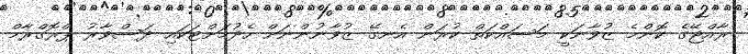
ރާއްޖޭގެ ކޮންމެ ޒުވާނަކީ މަސައްކަތް ކުރަން އެނގޭ ޒުވާނުންނަށް ހެދުމަށްޓަކައި ދަސްވާރު ޕްރޮގްރާމް